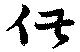
供